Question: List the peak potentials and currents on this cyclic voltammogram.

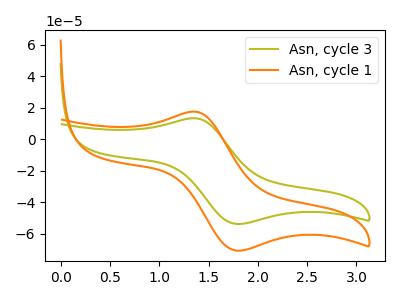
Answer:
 <answer>The olive curve "Asn, cycle 3" has an anodic peak at (1.35V, 13.30uA) and a cathodic peak at (1.80V, -53.90uA). The orange curve "Asn, cycle 1" has an anodic peak at (1.35V, 17.45uA) and a cathodic peak at (1.80V, -70.85uA).</answer>
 <eval></eval>